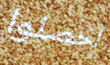
احصلوا